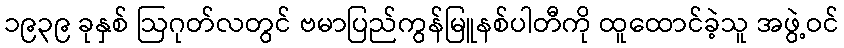
၁၉၃၉ ခုနှစ် ဩဂုတ်လတွင် ဗမာပြည်ကွန်မြူနစ်ပါတီကို ထူထောင်ခဲ့သူ အဖွဲ့ဝင်